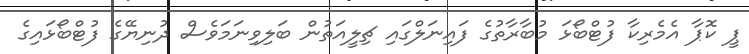
ޕީ ކޮޕާ އެމެރިކާ ފުޓްބޯޅަ މުބާރާތުގެ ފައިނަލްގައި ޗިލީއަތުން ބަލިވިނަމަވެސް ދުނިޔޭގެ ފުޓްބޯޅައިގެ